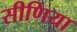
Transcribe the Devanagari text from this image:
सीणिया